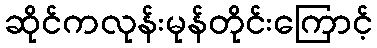
ဆိုင်ကလုန်းမုန်တိုင်းကြောင့်